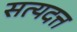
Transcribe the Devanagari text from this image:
सत्यदत्त